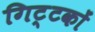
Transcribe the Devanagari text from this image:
गिट्टकों